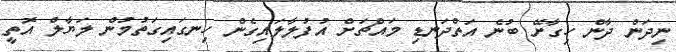
ނިދަން ދާން ހިގާށޭ ބުނެ އަތްދަނޑި މައްޗަށް އުފުލާލައިގެން ހިނގައިގަތުމުން ލަޔާލް އޮތީ